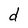
Character: d